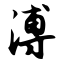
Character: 溥